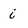
Character: i